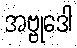
အဗ္ဗုဒေါ